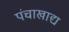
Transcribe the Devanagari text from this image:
पंचाखाद्य